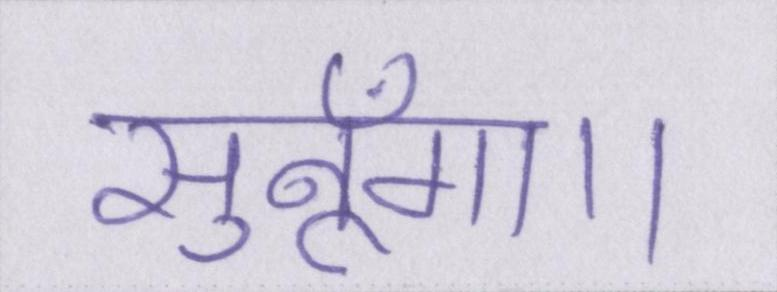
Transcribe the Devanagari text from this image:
सुनूँगा।